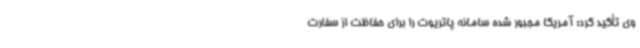
وی تأکید کرد: آمریکا مجبور شده سامانه پاتریوت را برای حفاظت از سفارت